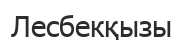
Лесбекқызы